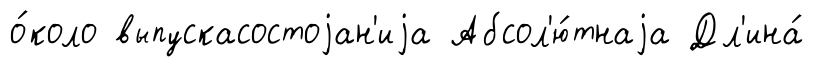
о́коло выпускасостоjан'иjа Абсол'ю́тнаjа Дл'ина́